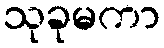
သုခုမကာ